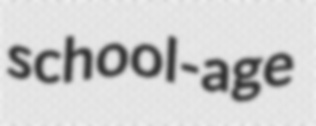
school-age